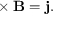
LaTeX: { \bf \nabla } \times { \bf B } = { \bf j } .